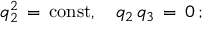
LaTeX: q _ { 2 } ^ { 2 } \, = \, \mathrm { c o n s t } , \quad q _ { 2 } \, q _ { 3 } \, = \, 0 \, { ; }